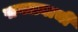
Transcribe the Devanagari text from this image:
सगळ्याची